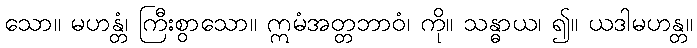
သော။ မဟန္တံ၊ ကြီးစွာသော။ ဣမံအတ္တဘာဝံ၊ ကို။ သန္ဓာယ၊ ၍။ ယဒါမဟန္တ။